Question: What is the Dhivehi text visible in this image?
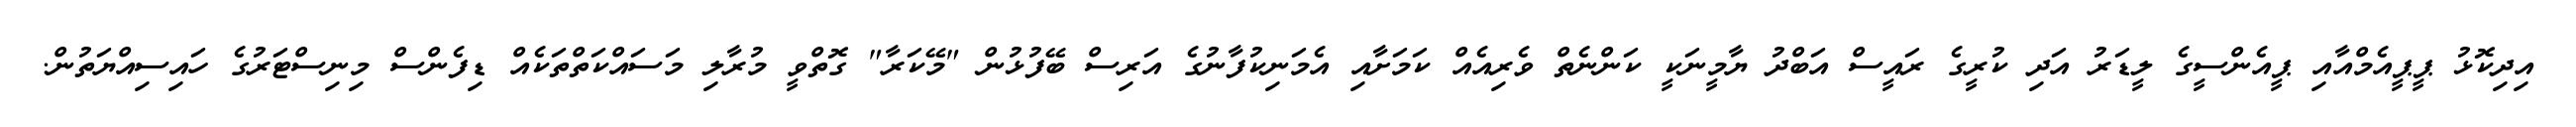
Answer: އިދިކޮޅު ޕީޕީއެމްއާއި ޕީއެންސީގެ ލީޑަރު އަދި ކުރީގެ ރައީސް އަބްދު ޔާމީނަކީ ކަންނެތް ވެރިއެއް ކަމަށާއި އެމަނިކުފާނުގެ އަރިސް ބޭފުޅުން "މޭކަރާ" ގޮތްވީ މުރާލި މަސައްކަތްތަކެއް ޑިފެންސް މިނިސްޓަރުގެ ހައިސިއްޔަތުން.